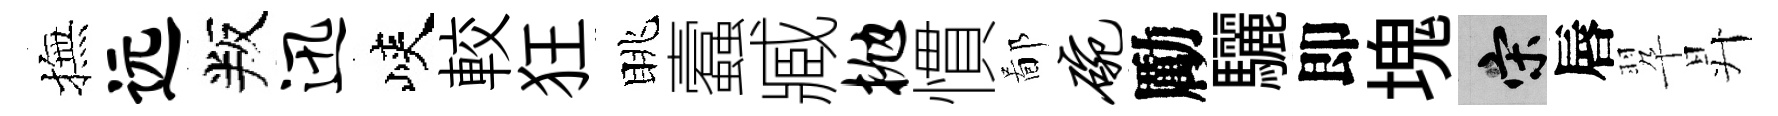
撫远叛迅峽較狂眺蠧臧抛慣鄙碗勵驪即塊宋唇翆昇